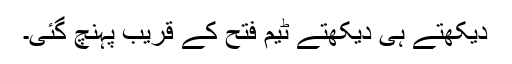
دیکھتے ہی دیکھتے ٹیم فتح کے قریب پہنچ گئی۔